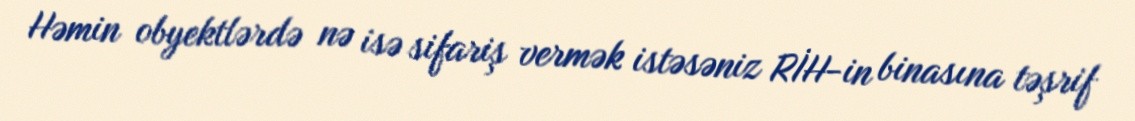
Həmin obyektlərdə nə isə sifariş vermək istəsəniz RİH-in binasına təşrif